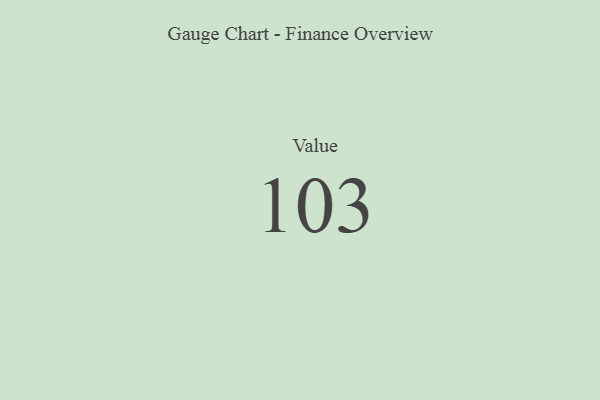
{"axis": {"x": "Metric", "y": "Value"}, "legend": [""], "data": [{"x": "Value", "y": 103, "type": ""}]}